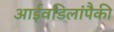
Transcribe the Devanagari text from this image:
आईवडिलांपैकी